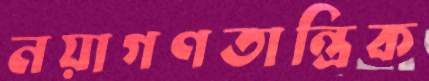
নয়াগণতান্ত্রিক